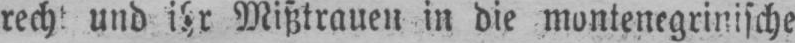
Mißtrauen in die montenegrinische